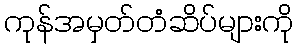
ကုန်အမှတ်တံဆိပ်များကို